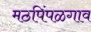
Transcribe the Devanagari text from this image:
मठपिंपळगाव